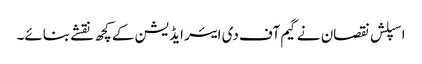
اسپلش نقصان نے گیم آف دی ایئر ایڈیشن کے کچھ نقشے بنائے۔